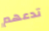
تدعهم